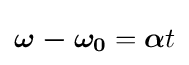
{\boldsymbol {\omega -\omega _{0}}}={\boldsymbol {\alpha }}t